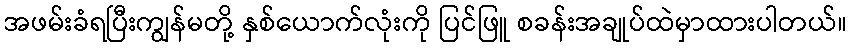
အဖမ်းခံရပြီးကျွန်မတို့ နှစ်ယောက်လုံးကို ပြင်ဖြူ စခန်းအချုပ်ထဲမှာထားပါတယ်။